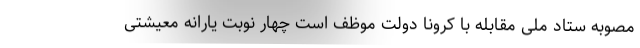
مصوبه ستاد ملی مقابله با کرونا دولت موظف است چهار نوبت یارانه معیشتی